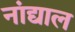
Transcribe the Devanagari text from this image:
नांद्याल